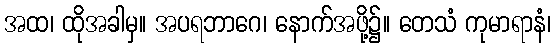
အထ၊ ထိုအခါမှ။ အပရဘာဂေ၊ နောက်အဖို့၌။ တေသံ ကုမာရာနံ၊